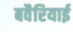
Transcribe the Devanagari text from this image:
बवैरियाई